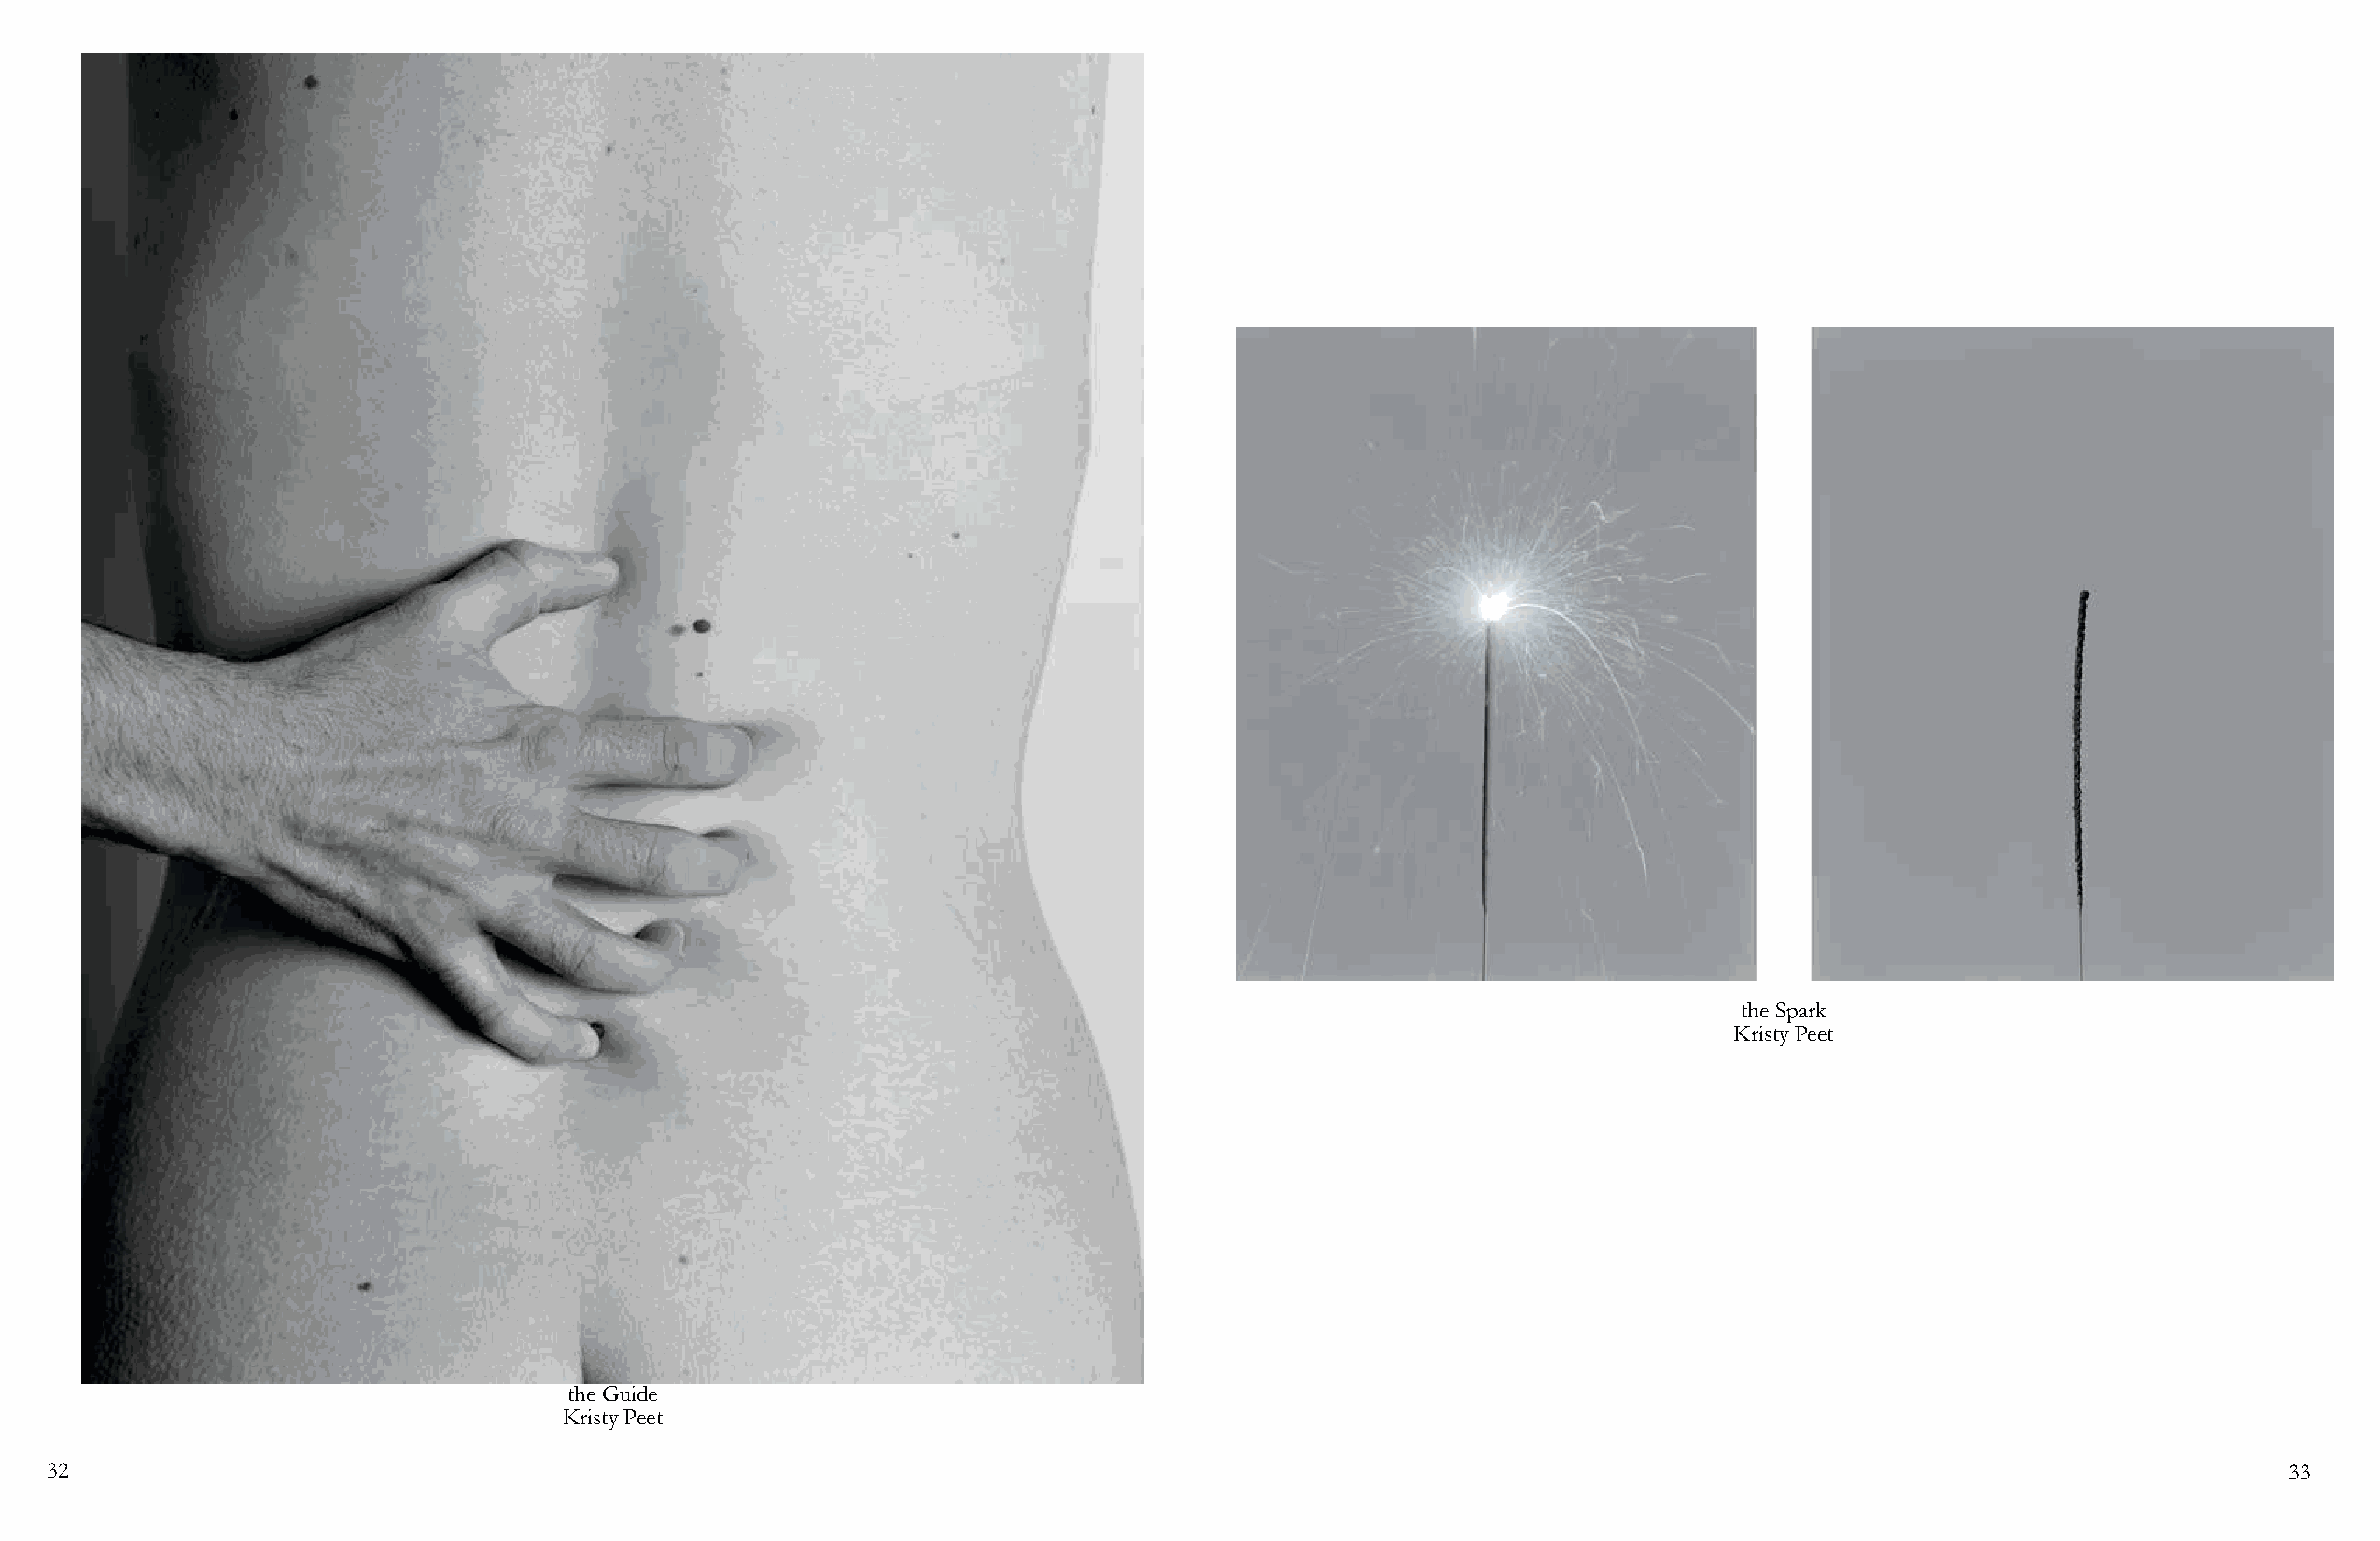
the Spark
 Kristy Peet
 the Guide
 Kristy Peet
 32                                                                                                                                                             33